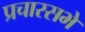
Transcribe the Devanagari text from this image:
प्रचारसभे